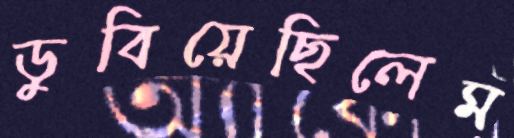
ডুবিয়েছিলেম